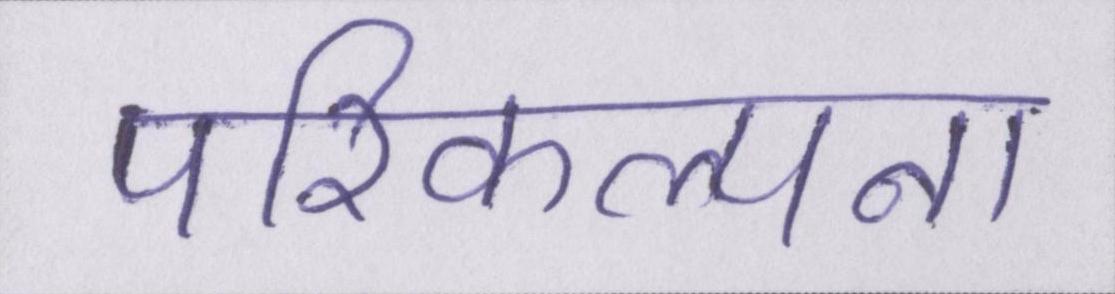
परिकल्पना